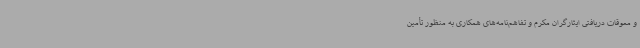
و معوقات دریافتی ایثارگران مکرم و تفاهم‌نامه‌های همکاری به منظور تأمین